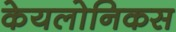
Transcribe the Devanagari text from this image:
केयलोनिकस